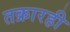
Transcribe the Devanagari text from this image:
तक्रारही